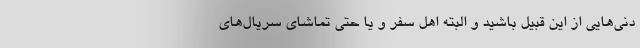
دنی‌هایی از این قبیل باشید و البته اهل سفر و یا حتی تماشای سریال‌های